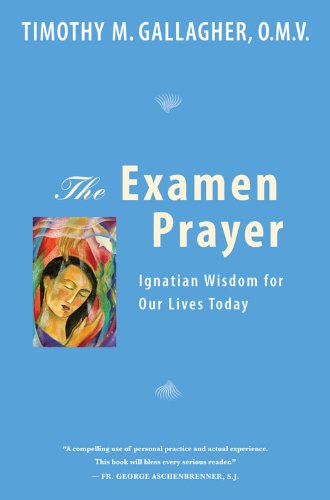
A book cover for The Examen Prayer: Ignatian Wisdom for Our Lives Today; Timothy M. Gallagher; Religion & Spirituality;